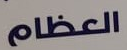
العظام